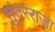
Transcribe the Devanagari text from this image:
सुंदरराजा